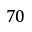
7 0